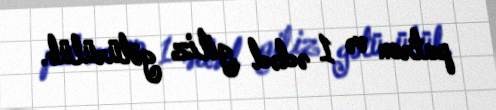
patron və 1 ədəd giliz götürülüb.